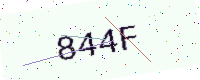
Text: 844F